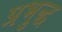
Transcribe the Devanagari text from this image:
प्रभुद्ध